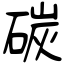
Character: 碳